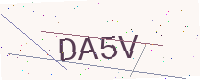
Text: DA5V